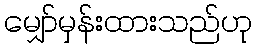
မျှော်မှန်းထားသည်ဟု